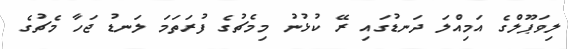
ލިވަޕޫލްގެ އަމިއްލަ ދަނޑުގައި ރޭ ކުޅުނު މިމެޗުގެ ފުރަތަމަ ލަނޑު ޖަހާ މެޗުގެ